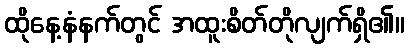
ထိုနေ့နံနက်တွင် အထူးစိတ်တိုလျက်ရှိ၏။